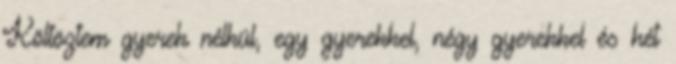
Költöztem gyerek nélkül, egy gyerekkel, négy gyerekkel és hét